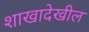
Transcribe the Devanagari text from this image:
शाखादेखील